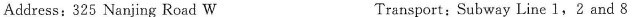
Address:325 Nanjing Road W Transport; Subway Line 1,2 and 8